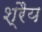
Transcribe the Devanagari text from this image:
श्रैय